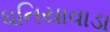
ધનિયાવાડા